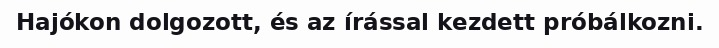
Hajókon dolgozott, és az írással kezdett próbálkozni.